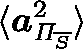
\langle \boldsymbol { a } _ { \mathit { \Pi } _ { \overline { { S } } } } ^ { 2 } \rangle